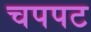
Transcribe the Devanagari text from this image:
चपपट